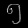
Digit: ၅